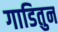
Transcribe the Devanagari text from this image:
गाडितुन